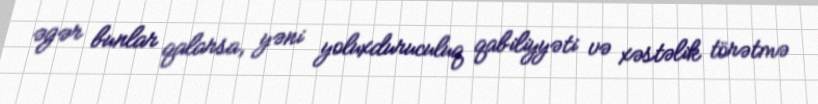
əgər bunlar qalarsa, yəni yoluxduruculuq qabiliyyəti və xəstəlik törətmə